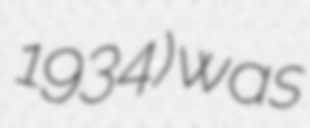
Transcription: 1934) was